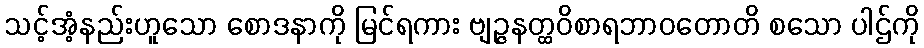
သင့်အံ့နည်းဟူသော စောဒနာကို မြင်ရကား ဗျဉ္ဇနတ္ထဝိစာရဘာဝတောတိ စသော ပါဌ်ကို